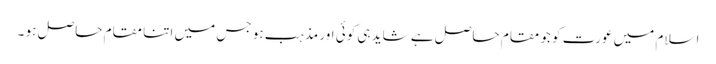
اسلام میں عورت کو جو مقام حاصل ہے شاید ہی کوئی اور مذہب ہو جس میں اتنا مقام حاصل ہو ۔